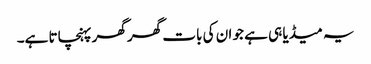
یہ میڈیا ہی ہے جو ان کی بات گھر گھر پہنچاتا ہے۔